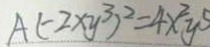
A ( - 2 x y ^ { 3 } ) ^ { 2 } = 4 x ^ { 2 } y ^ { 5 }